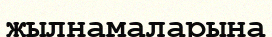
жылнамаларына